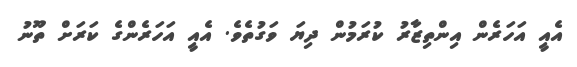
އެއީ އަހަރެން އިންތިޒާރު ކުރަމުން ދިޔަ ވަގުތެވެ. އެއީ އަހަރެންގެ ކަރަށް ތޫނު